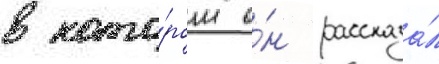
в кото́ром о́н рассказа́л